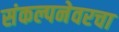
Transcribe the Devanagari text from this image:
संकल्पनेवरचा